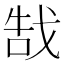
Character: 𫻵